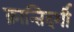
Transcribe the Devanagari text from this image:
क्रान्तिदर्शी